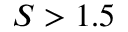
S > 1 . 5